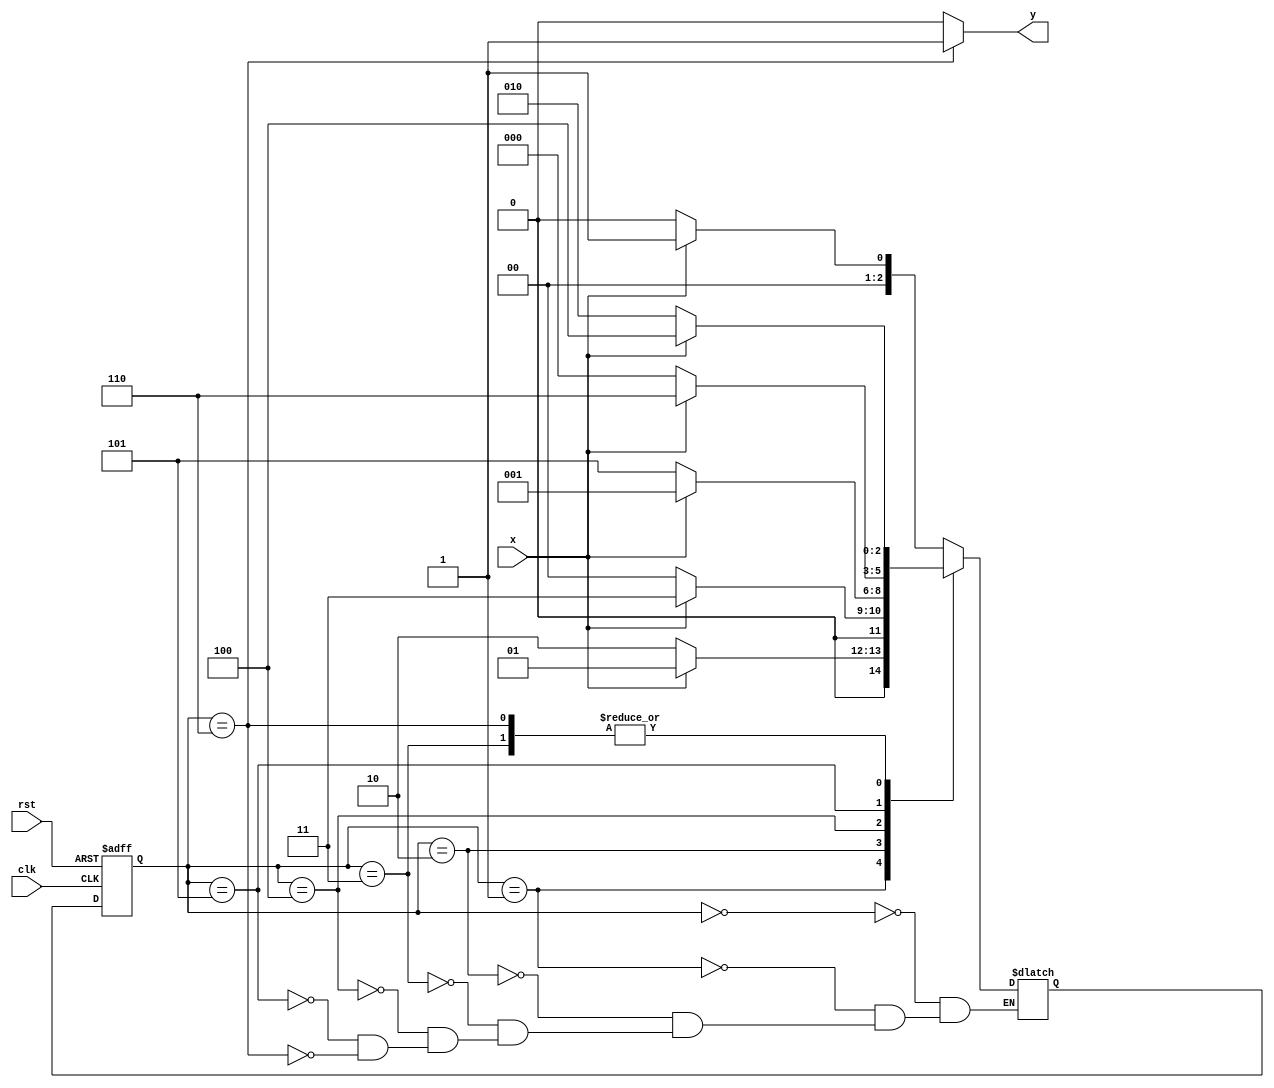

module moore101101 (
input clk,rst,x,
output y);

parameter s0=3'b000,s1=3'b001,s2=3'b010,s3=3'b011,s4=3'b100,s5=3'b101,s6=3'b110;
reg [2:0] cs,ns;

always @(posedge clk or negedge rst)
begin
if (rst==1'b0)  cs<=s0;
else            cs<=ns;
end

always @(x or cs)
begin
case(cs)
s0:begin
   if(x==1)  ns<=s1;
   else      ns<=s0;
   end
s1:begin
   if(x==0)  ns<=s2;
   else      ns<=s1;
   end
s2:begin
   if(x==1)  ns<=s3;
   else      ns<=s0;
   end
s3:begin
   if(x==1)  ns<=s4;
   else      ns<=s2;
   end
s4:begin
   if(x==0)  ns<=s5;
   else      ns<=s1;
   end
s5:begin
   if(x==1)  ns<=s6;
   else      ns<=s0;
   end
s6:begin
   if(x==0)  ns<=s2;
   else      ns<=s4;
   end
endcase
end

assign y=(cs==s6)?1:0;

endmodule